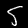
Label: 5